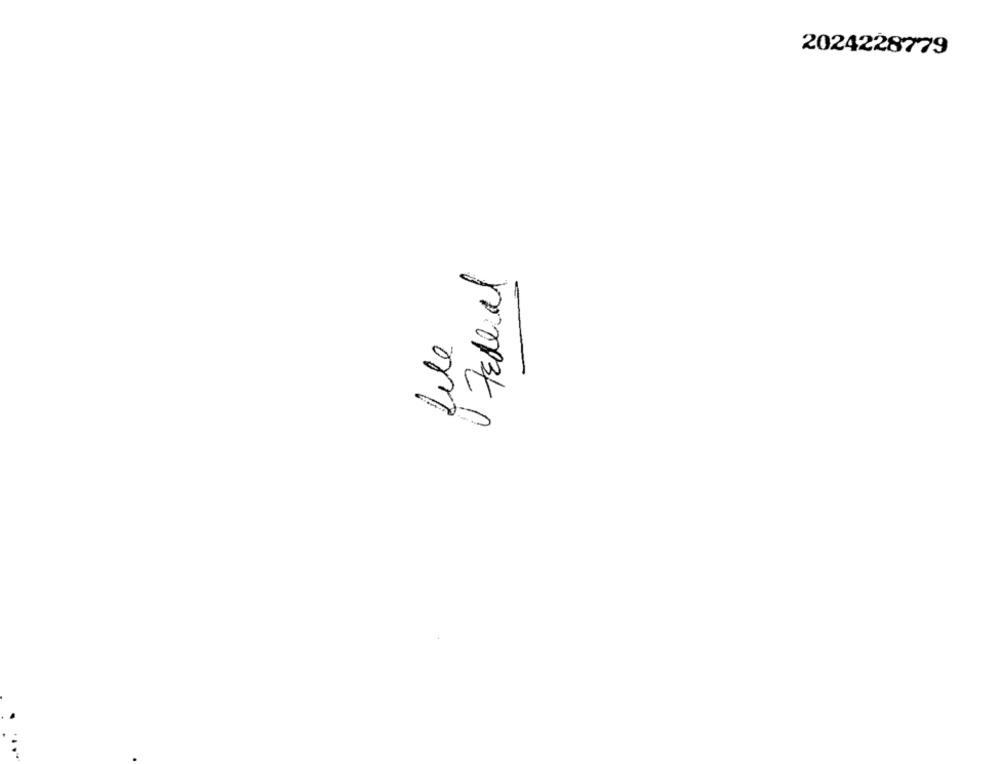
2024228779
U Federal
Lite